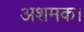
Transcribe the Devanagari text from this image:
अशमक।